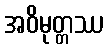
အဝိမုတ္တဿ